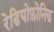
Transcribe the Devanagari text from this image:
रेडियोफ़ोनिक